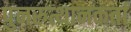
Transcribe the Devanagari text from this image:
पुनरुत्थानकर्ता